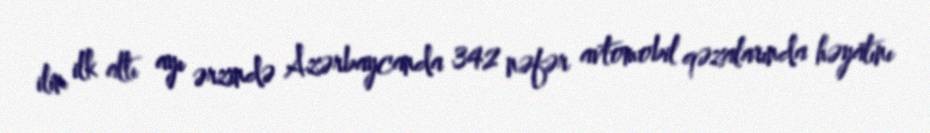
ilin ilk altı ayı ərzində Azərbaycanda 342 nəfər avtomobil qəzalarında həyatını